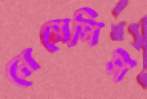
নেমেসিস